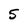
Character: 5